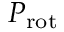
P _ { \mathrm { r o t } }